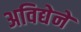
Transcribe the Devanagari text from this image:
अविद्येने